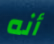
أنه